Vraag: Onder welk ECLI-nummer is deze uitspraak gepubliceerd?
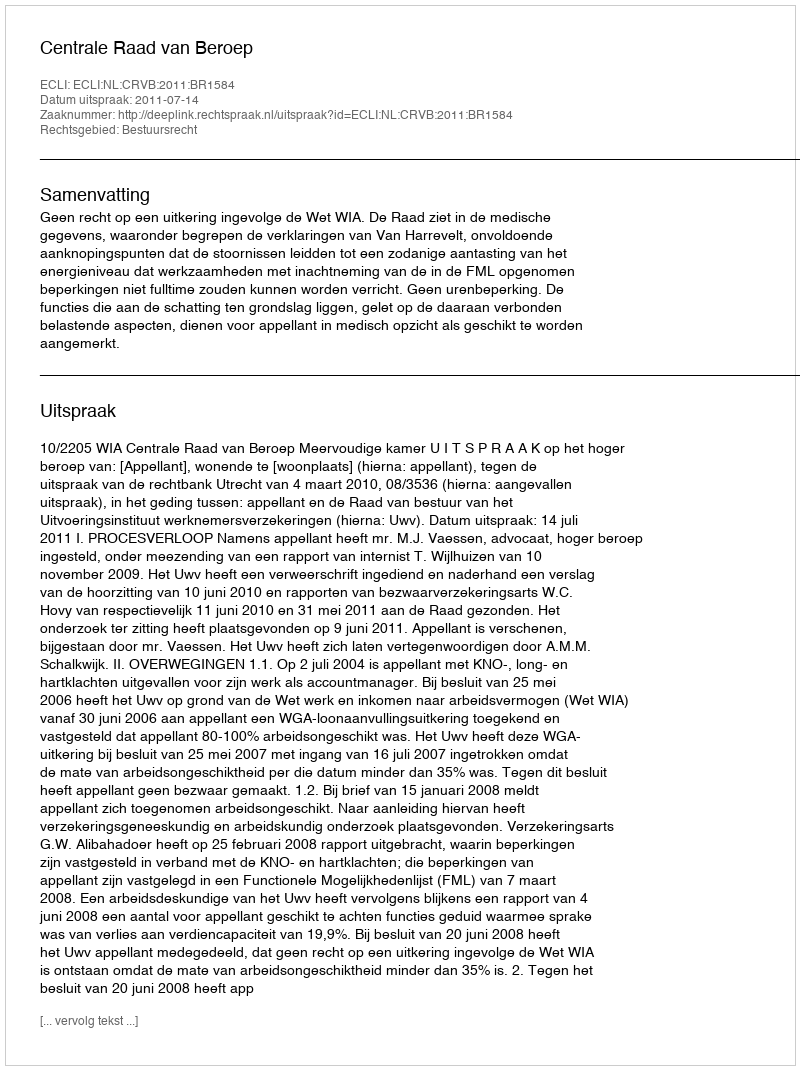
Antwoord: ECLI:NL:CRVB:2011:BR1584